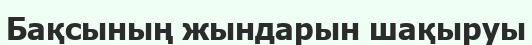
Бақсының жындарын шақыруы